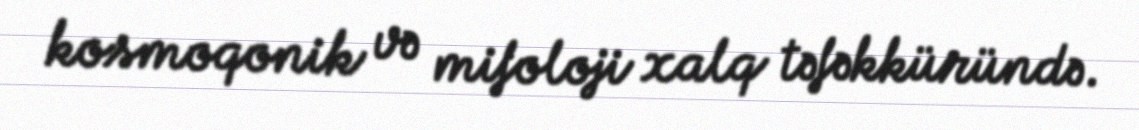
kosmoqonik və mifoloji xalq təfəkküründə.